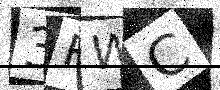
Text: 3FWC